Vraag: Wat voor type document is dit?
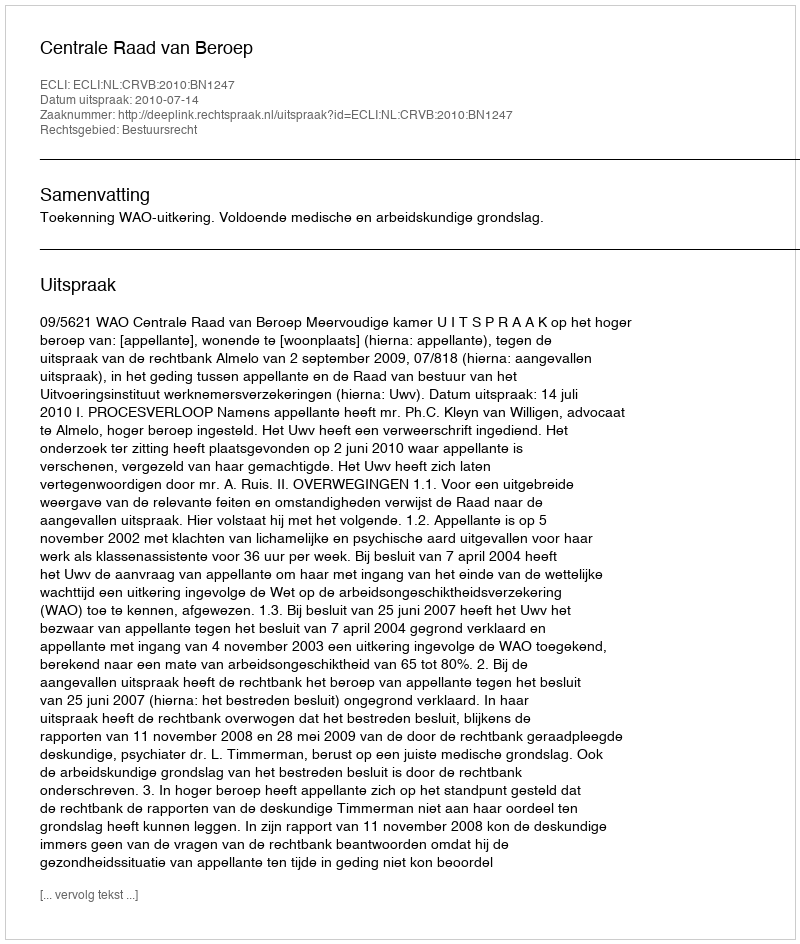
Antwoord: Uitspraak